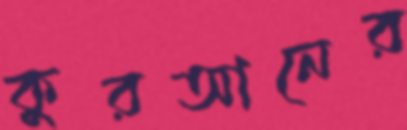
কুরআনের